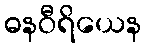
ဓနဝီရိယေန